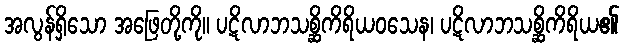
အလွန်ရှိသော အဖြေတို့ကို။ ပဋိလာဘသစ္ဆိကိရိယဝသေန၊ ပဋိလာဘသစ္ဆိကိရိယ၏